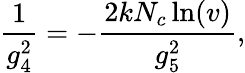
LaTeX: \frac{1}{g_{4}^{2}}=-\frac{2kN_{c}\ln(v)}{g_{5}^{2}},